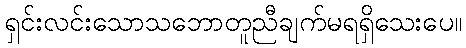
ရှင်းလင်းသောသဘောတူညီချက်မရရှိသေးပေ။